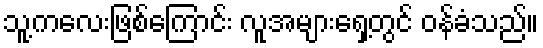
သူ့ကလေးဖြစ်ကြောင်း လူအများရှေ့တွင် ဝန်ခံသည်။